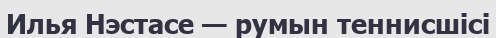
Илья Нэстасе — румын теннисшісі